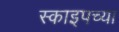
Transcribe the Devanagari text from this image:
स्काइपच्या